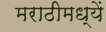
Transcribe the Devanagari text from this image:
मराठीमध्यें